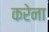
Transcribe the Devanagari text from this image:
करेना